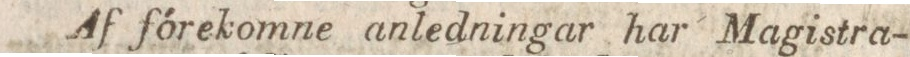
Af fórekomne anledningar har Magistra-